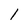
Character: I